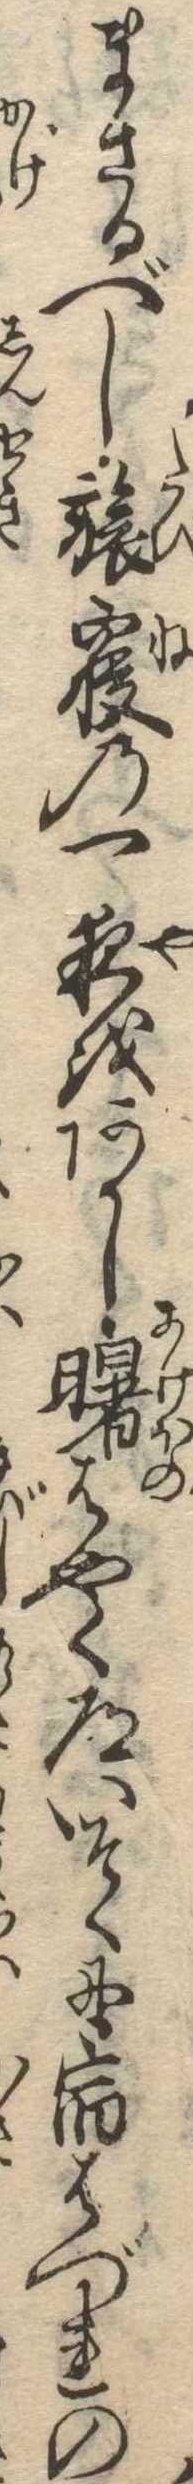
まさるべし旅寝の一夜をあかし曙はやく道いそくに宿はづれの